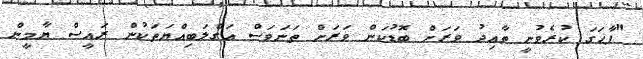
"ފާހަގަ ކުރެވުނީ ތާއިދު ވަރަށް ބޮޑުކަން ވަރަށް ތަނަވަސް އަގްލަބިއްޔަތަކުން ރައީސް ޔާމީން